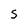
Character: S